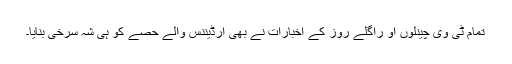
تمام ٹی وی چینلوں او راگلے روز کے اخبارات نے بھی آرڈیننس والے حصے کو ہی شہ سرخی بنایا۔